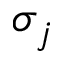
\sigma _ { j }